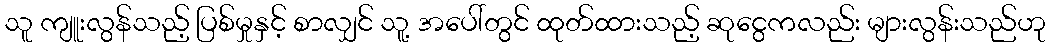
သူ ကျူးလွန်သည့် ပြစ်မှုနှင့် စာလျှင် သူ့ အပေါ်တွင် ထုတ်ထားသည့် ဆုငွေကလည်း များလွန်းသည်ဟု